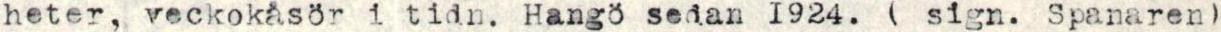
heter, veckokåsör i tidn. Hangö sedan I924. ( sign. Spanaren)